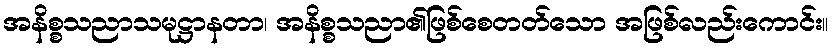
အနိစ္စသညာသမုဋ္ဌာနတာ၊ အနိစ္စသညာ၏ဖြစ်စေတတ်သော အဖြစ်လည်းကောင်း။